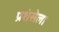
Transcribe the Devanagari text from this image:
प्रशंसेला